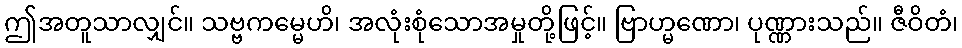
ဤအတူသာလျှင်။ သဗ္ဗကမ္မေဟိ၊ အလုံးစုံသောအမှုတို့ဖြင့်။ ဗြာဟ္မဏော၊ ပုဏ္ဏားသည်။ ဇီဝိတံ၊